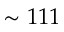
\sim 1 1 1